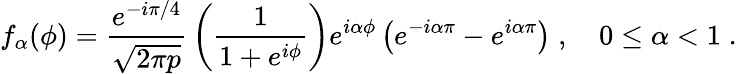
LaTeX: f_{\alpha}(\phi)={\frac{e^{-i\pi/4}}{\sqrt{2\pi p}}}\left({\frac{1}{1+e^{i\phi}}}\right)e^{i\alpha\phi}\left(e^{-i\alpha\pi}-e^{i\alpha\pi}\right)\; ,\quad 0\le\alpha<1\; .